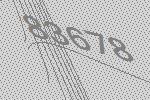
83678